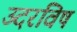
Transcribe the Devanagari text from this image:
उदरविष